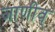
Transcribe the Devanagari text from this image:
जाणीव्